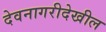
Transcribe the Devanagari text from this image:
देवनागरीदेखील